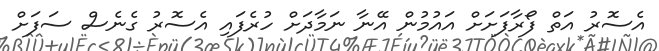
އެސޮރު އަތް ފޯރާފަށަށް އައުމުން އޭނާ ނަމާދަށް ހުރެފައި އެސޮރު ގެނެސް ސަފަށް